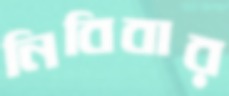
নিবিবার